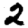
Digit: 2